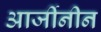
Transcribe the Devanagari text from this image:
आर्जीनीन